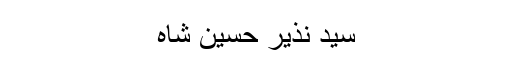
سید نذیر حسین شاه